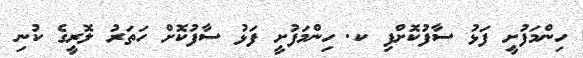
ހިންމަފުށީ ފަޅު ސާފުކޮށްފި ކ. ހިންމަފުށީ ފަޅު ސާފުކޮށް ހަތަރު ލޮރީގެ ކުނި